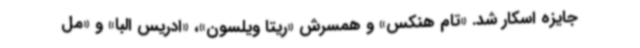
جایزه اسکار شد. «تام هنکس» و همسرش «ریتا ویلسون»، «ادریس البا» و «مل